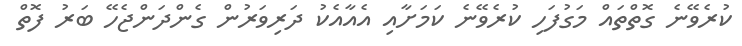
ކުރެވޭނެ ގޮތްތައް މަގުފަހި ކުރެވޭނެ ކަމަށާއި އެއާއެކު ދަރިވަރުން ގެންދަންޖެހޭ ބަރު ފޮތް